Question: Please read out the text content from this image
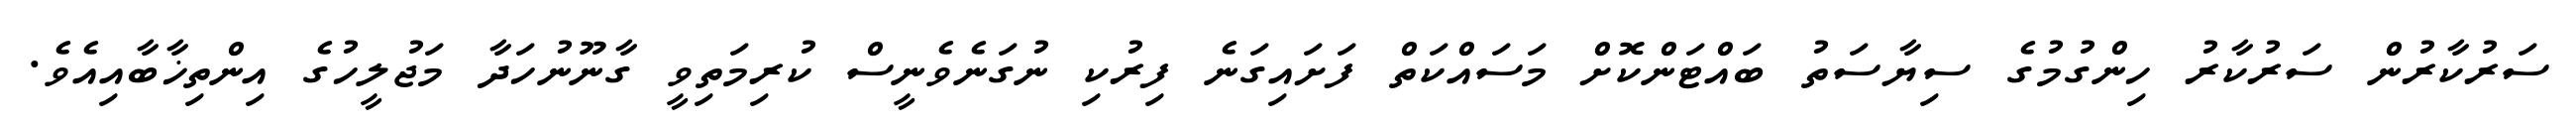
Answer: ސަރުކާރުން ސަރުކާރު ހިންގުމުގެ ސިޔާސަތު ބައްޓަންކޮށް މަސައްކަތް ފަށައިގަނެ ފިރުކި ނުގަނެވެނީސް ކުރިމަތިވީ ގާނޫނުހަދާ މަޖުލީހުގެ އިންތިޚާބާއިއެވެ.